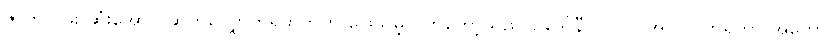
ဇာတ်လမ်း ဆုံးအောင် ဆက်လျှောက်ရမှာဘဲဟု ဖြေသိမ့်လိုက်တော့သည်၊ . ဒေါ်နီလာ ကို အုပ် လိုက်ရတာ အတော်